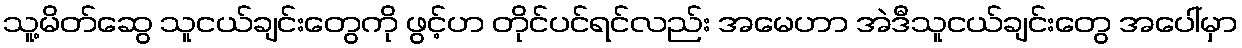
သူ့မိတ်ဆွေ သူငယ်ချင်းတွေကို ဖွင့်ဟ တိုင်ပင်ရင်လည်း အမေဟာ အဲဒီသူငယ်ချင်းတွေ အပေါ်မှာ